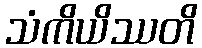
သံကိယိဿတိ